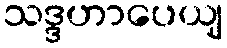
သဒ္ဒဟာပေယျ